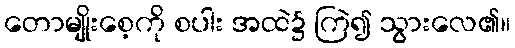
တောမျိုးစေ့ကို စပါး အထဲ၌ ကြဲ၍ သွားလေ၏။